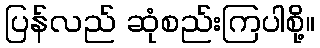
ပြန်လည် ဆုံစည်းကြပါစို့။